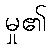
မှု၏